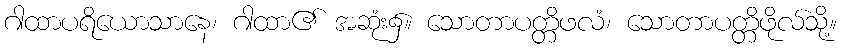
ဂါထာပရိယောသာနေ၊ ဂါထာ၏ အဆုံး၌။ သောတာပတ္တိဖလံ၊ သောတာပတ္တိဖိုလ်သို့။